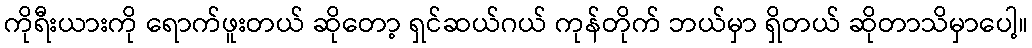
ကိုရီးယားကို ရောက်ဖူးတယ် ဆိုတော့ ရှင်ဆယ်ဂယ် ကုန်တိုက် ဘယ်မှာ ရှိတယ် ဆိုတာသိမှာပေါ့။